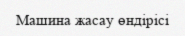
Машина жасау өндірісі